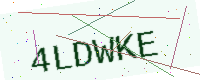
Text: 4LDWKE